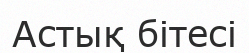
Астық бітесі